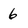
Character: 6